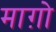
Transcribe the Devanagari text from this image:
माग़ो